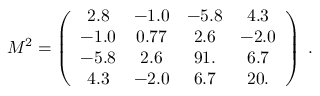
M ^ { 2 } = \left( \begin{array} { c c c c } { { 2 . 8 } } & { { - 1 . 0 } } & { { - 5 . 8 } } & { { 4 . 3 } } \\ { { - 1 . 0 } } & { { 0 . 7 7 } } & { { 2 . 6 } } & { { - 2 . 0 } } \\ { { - 5 . 8 } } & { { 2 . 6 } } & { { 9 1 . } } & { { 6 . 7 } } \\ { { 4 . 3 } } & { { - 2 . 0 } } & { { 6 . 7 } } & { { 2 0 . } } \end{array} \right) \; .